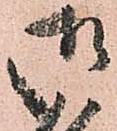
御